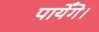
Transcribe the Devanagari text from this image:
पायेँगे।